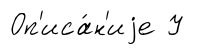
Оп'иса́н'иjе У